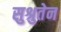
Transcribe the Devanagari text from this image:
सुश्रुतेन